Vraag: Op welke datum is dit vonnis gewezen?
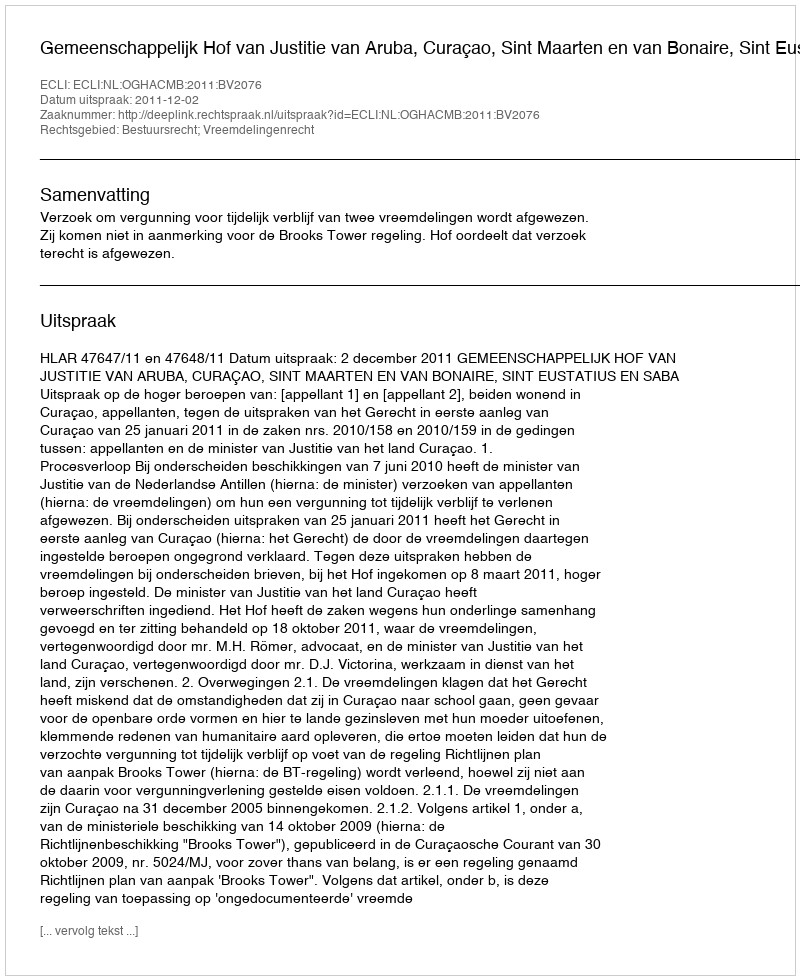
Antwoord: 2011-12-02